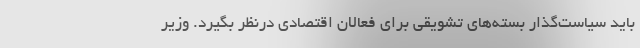
باید سیاست‌گذار بسته‌های تشویقی برای فعالان اقتصادی درنظر بگیرد. وزیر